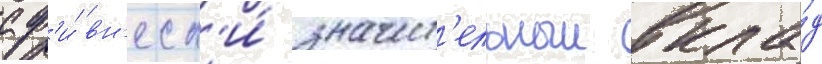
сф'и́ вн'есл'и́ значит'ельныи вкла́д